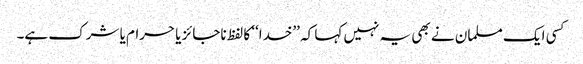
کسی ایک مسلمان نے بھی یہ نہیں کہا کہ ’’خدا‘‘ کا لفظ ناجائز یا حرام یا شرک ہے۔